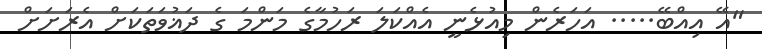
"އޭ އިއްބޭ..... އަހަރެން މިއުޅެނީ އެއްކަލަ ރަހުމާގެ މަންމަ ގެ ދަޣުވަތަކަށް އެރަށަށް